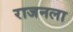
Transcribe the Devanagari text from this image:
राजनला